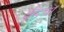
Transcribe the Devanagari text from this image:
ईदचा